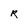
Character: R